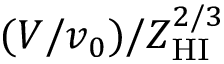
( V / v _ { 0 } ) / Z _ { \mathrm { H I } } ^ { 2 / 3 }